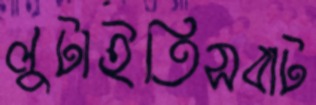
লুটাইতিসবাট